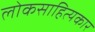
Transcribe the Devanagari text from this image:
लोकसाहित्यकार